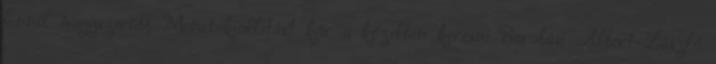
Ennél nagyszerűbb Monet-kiállítást kár a közelben keresni Barabási Albert-László